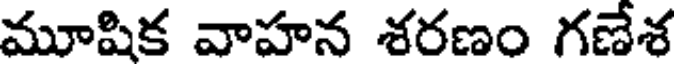
మూషిక వాహన శరణం గణేశ